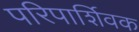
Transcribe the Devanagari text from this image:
परिपार्शिवक